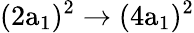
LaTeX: \mathrm{(2a_{1})^{2}\rightarrow(4a_{1})^{2}}